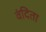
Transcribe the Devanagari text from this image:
वंदिता